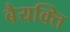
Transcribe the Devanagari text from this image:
बैयक्ति